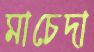
মাচেদা